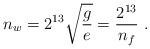
LaTeX: \begin{align*} n_w = 2^{13} \sqrt{g \over e} = {2^{13}\over n_f} \ .\end{align*}